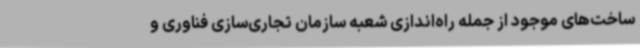
ساخت‌های موجود از جمله راه‌اندازی شعبه سازمان تجاری‌سازی فناوری و